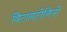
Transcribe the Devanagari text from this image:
विटानटोनियो